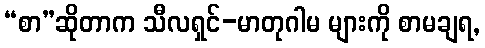
“စာ”ဆိုတာက သီလရှင်-မာတုဂါမ များကို စာမချရ,